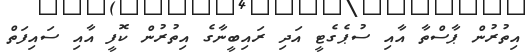
އިތުރުން ޕާސްތާ އާއި ސުޕެގެޓީ އަދި ރައިބީނާގެ އިތުރުން ކޮފީ އާއި ސައިފަތް